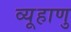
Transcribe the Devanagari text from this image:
व्यूहाणु